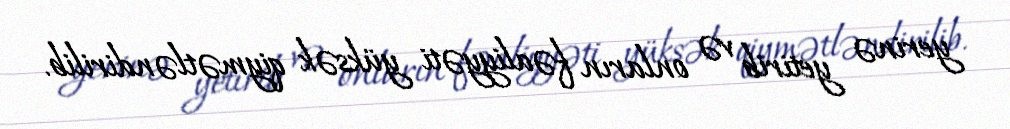
yerinə yetirib və onların fəaliyyəti yüksək qiymətləndirilib.